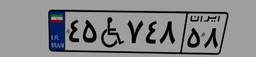
۴۵W۷۴۸۵۸